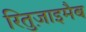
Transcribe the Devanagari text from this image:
रितुज़ाइमैब